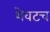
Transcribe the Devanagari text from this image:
शेवटच